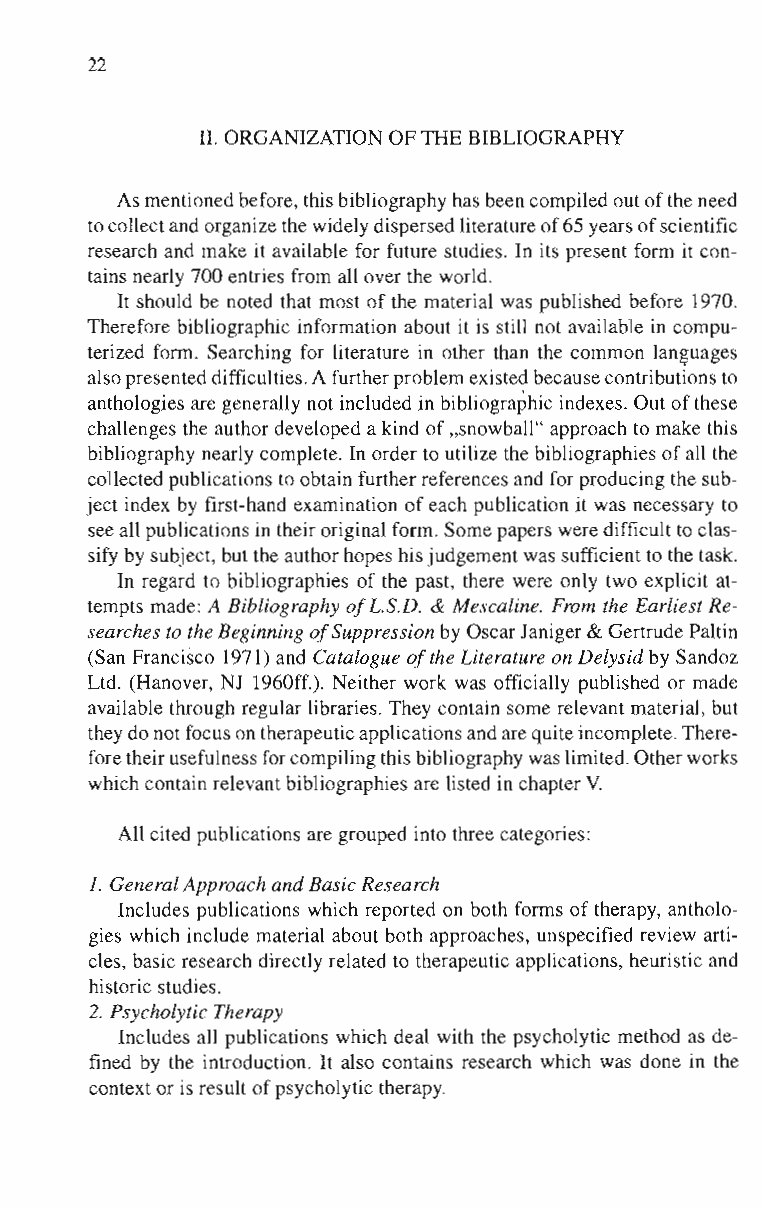
22
 11. ORGANIZATION OF THE BIBLIOGRAPHY
 As mentioned before, this bibliography has been compiled out of the need
 to collect and organize the widely dispersed literature of 65 years of scientific
 research and make it available for future studies. In its present form it con­
 tains nearly 700 entries from all over the world.
 It should be noted that most of the material was published before 1970.
 Therefore bibliographic information about it is still not available in compu­
 terized form. Searching for literature in other than the common languages
 also presented difficulties. A further problem existed because contributions to
 anthologies are generally not included in bibliographic indexes. Out of these
 challenges the author developed a kind of "snowball" approach to make this
 bibliography nearly complete. In order to utilize the bibliographies of all the
 collected publications to obtain further references and for producing the sub­
 ject index by first-hand examination of each publication it was necessary to
 see all publications in their original form. Some papers were difficult to clas­
 sify by subject, but the author hopes his judgement was sufficient to the task.
 In regard to bibliographies of the past, there were only two explicit at­
 tempts made: A Bibliography of L.S.D. & Mescaline. From the Earliest Re­
 searches to the Beginning ofSuppression by Oscar Janiger & Gertrude Paltin
 (San Francisco 1971) and Catalogue of the Literature on Delysid by Sandoz
 Ltd. (Hanover, NJ 1960ff.). Neither work was officially published or made
 available through regular libraries. They contain some relevant material, but
 they do not focus on therapeutic applications and are quite incomplete. There­
 fore their usefulness for compiling this bibliography was limited. Other works
 which contain relevant bibliographies are listed in chapter V.
 All cited publications are grouped into three categories:
 1. General Approach and Basic Research
 Includes publications which reported on both forms of therapy, antholo­
 gies which include material about both approaches, unspecified review arti­
 cles, basic research directly related to therapeutic applications, heuristic and
 historic studies.
 2. Psycholytic Therapy
 Includes all publications which deal with the psycholytic method as de­
 fined by the introduction. It also contains research which was done in the
 context or is result of psycholytic therapy.